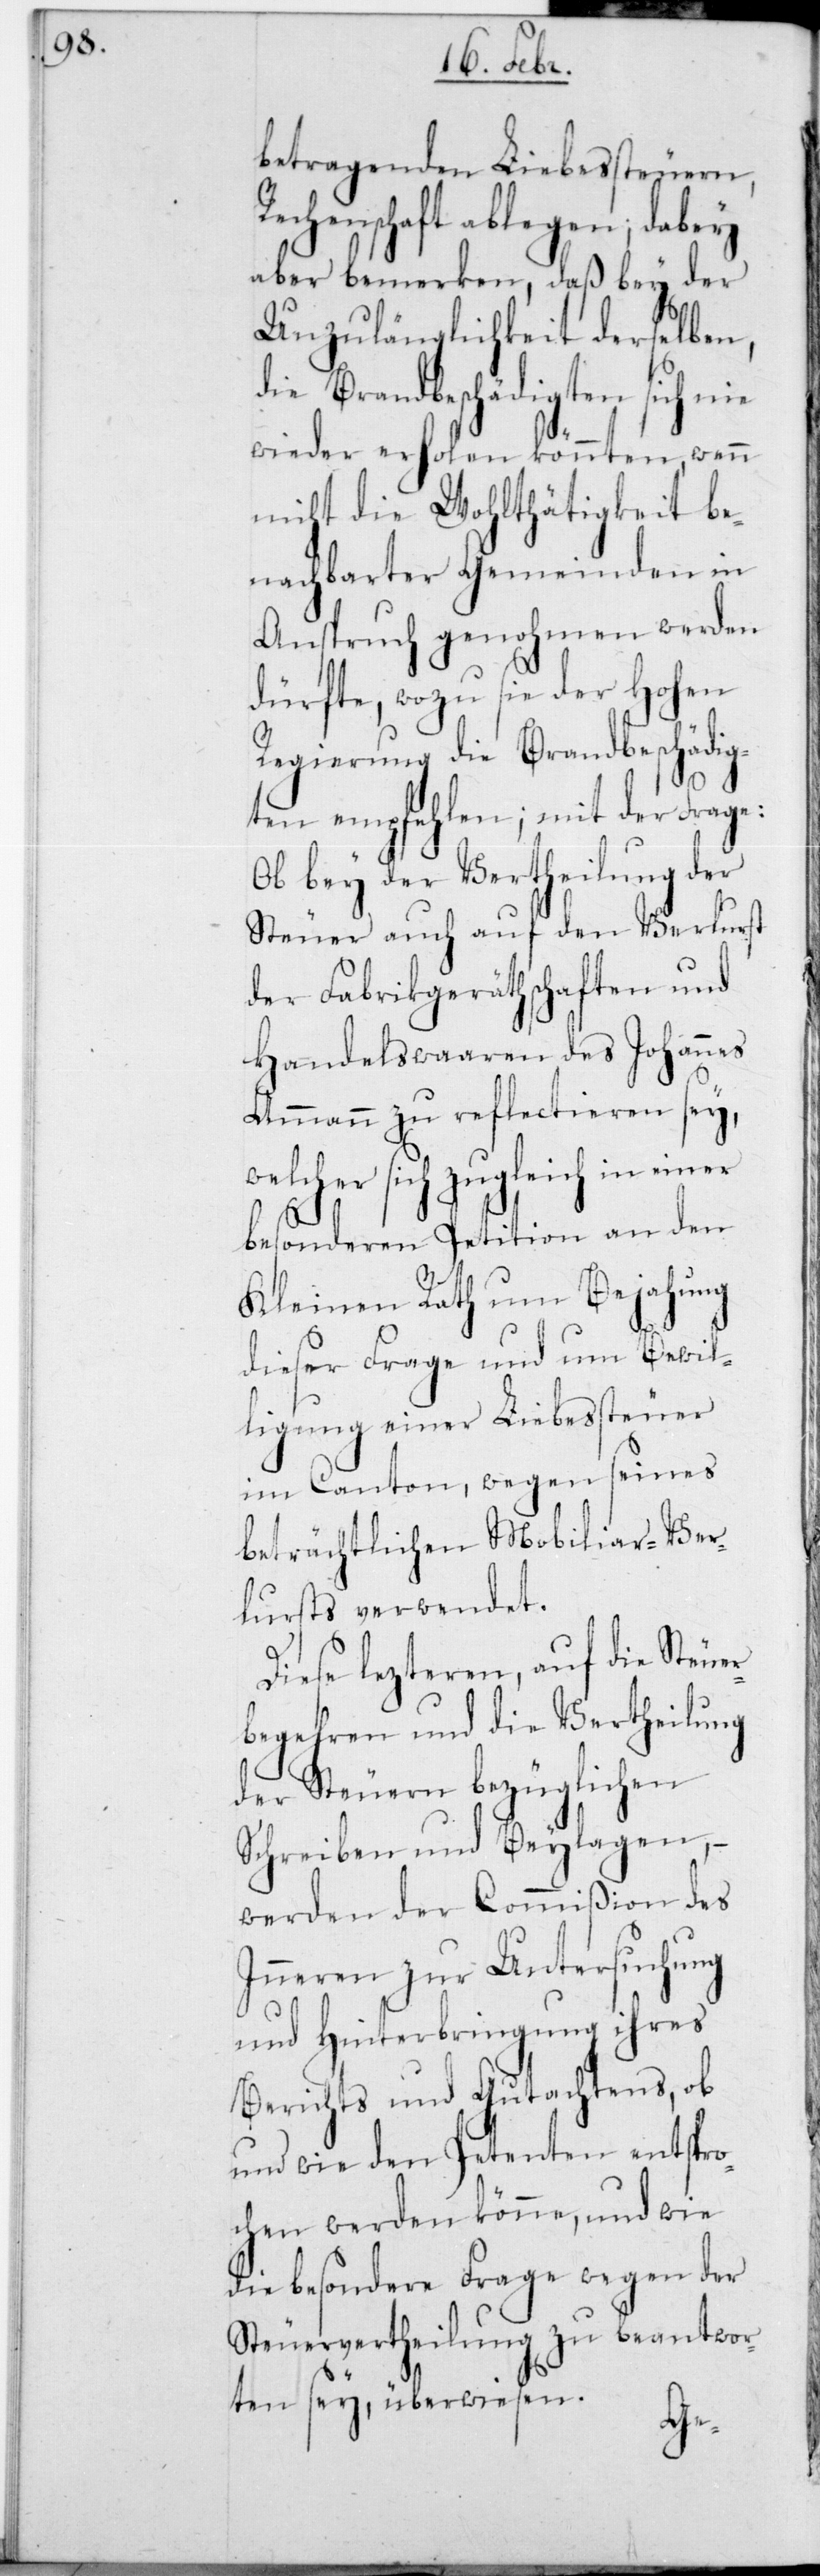
betragenden Liebessteuern,
Rechenschaft ablegen; dabey
aber bemerken, daß bey der
Unzulänglichkeit derselben,
die Brandbeschädigten sich nie
wieder erholen könnten, wenn
nicht die Wohltätigkeit be¬
nachbarter Gemeinden in
Anspruch genohmen werden
dürfte, wozu sie der Hohen
Regierung die Brandbeschädig¬
ten empfehlen; mit der Frage:
Ob bey der Vertheilung der
Steuer auch auf den Verlust
der Fabrikgeräthschaften und
Handelswaaren des Johannes
Ammann zu reflectieren sey,
welcher sich zugleich in einer
besonderen Petition an den
Kleinen Rath um Bejahung
dieser Frage und um Bewil¬
ligung einer Liebessteuer
im Canton, wegen seines
beträchtlichen Mobiliar-Ver¬
lusts verwendet.
Diese letzteren, auf die Steuer¬
begehren und die Vertheilung
der Steuern bezüglichen
Schreiben und Beylagen, –
werden der Commißion des
Innern zur Untersuchung
und Hinterbringung ihres
Berichts und Gutachtens, ob
und wie den Petenten entspro¬
chen werden könne, und wie
die besondere Frage wegen der
Steuervertheilung zu beantwor¬
ten sey, überwiesen.